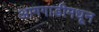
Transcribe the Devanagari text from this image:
आगगाडीमधून